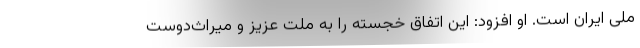
ملی ایران است. او افزود: این اتفاق خجسته را به ملت عزیز و میراث‌دوست